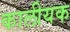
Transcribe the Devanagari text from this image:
कालीयक